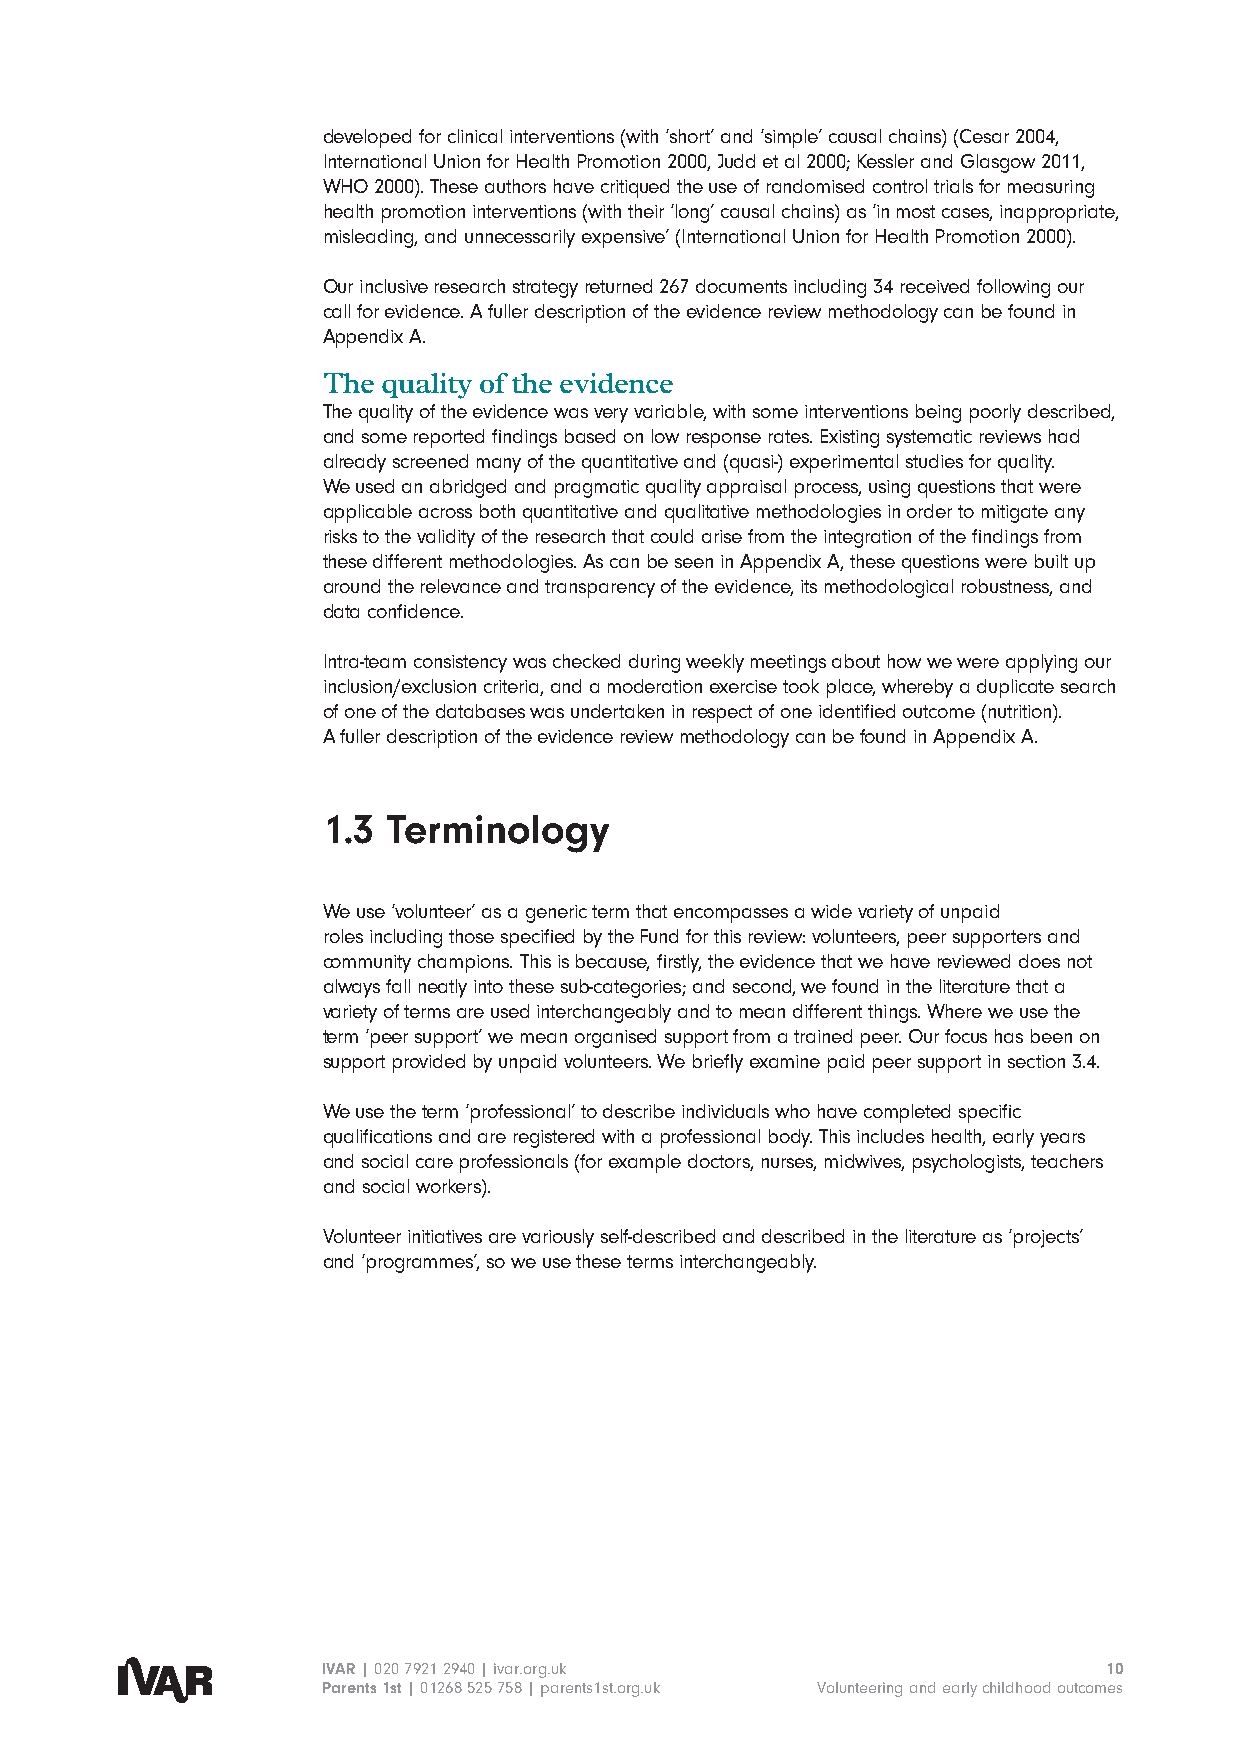
developed for clinical interventions (with ‘short’ and ‘simple’ causal chains) (Cesar 2004,
 International Union for Health Promotion 2000, Judd et al 2000; Kessler and Glasgow 2011,
 WHO 2000). These authors have critiqued the use of randomised control trials for measuring
 health promotion interventions (with their ‘long’ causal chains) as ‘in most cases, inappropriate,
 misleading, and unnecessarily expensive’ (International Union for Health Promotion 2000).
 Our inclusive research strategy returned 267 documents including 34 received following our
 call for evidence. A fuller description of the evidence review methodology can be found in
 Appendix A.
 The quality of the evidence
 The quality of the evidence was very variable, with some interventions being poorly described,
 and some reported findings based on low response rates. Existing systematic reviews had
 already screened many of the quantitative and (quasi-) experimental studies for quality.
 We used an abridged and pragmatic quality appraisal process, using questions that were
 applicable across both quantitative and qualitative methodologies in order to mitigate any
 risks to the validity of the research that could arise from the integration of the findings from
 these different methodologies. As can be seen in Appendix A, these questions were built up
 around the relevance and transparency of the evidence, its methodological robustness, and
 data confidence.
 Intra-team consistency was checked during weekly meetings about how we were applying our
 inclusion/exclusion criteria, and a moderation exercise took place, whereby a duplicate search
 of one of the databases was undertaken in respect of one identified outcome (nutrition).
 A fuller description of the evidence review methodology can be found in Appendix A.
 1.3  Terminology
 We use ‘volunteer’ as a generic term that encompasses a wide variety of unpaid
 roles including those specified by the Fund for this review: volunteers, peer supporters and
 community champions. This is because, firstly, the evidence that we have reviewed does not
 always fall neatly into these sub-categories; and second, we found in the literature that a
 variety of terms are used interchangeably and to mean different things. Where we use the
 term ‘peer support’ we mean organised support from a trained peer. Our focus has been on
 support provided by unpaid volunteers. We briefly examine paid peer support in section 3.4.
 We use the term ‘professional’ to describe individuals who have completed specific
 qualifications and are registered with a professional body. This includes health, early years
 and social care professionals (for example doctors, nurses, midwives, psychologists, teachers
 and social workers).
 Volunteer initiatives are variously self-described and described in the literature as ‘projects’
 and ‘programmes’, so we use these terms interchangeably.
 IVAR | 020 7921 2940 | ivar.org.uk                  10
 Parents 1st | 01268 525 758 | parents1st.org.uk Volunteering and early childhood outcomes